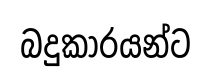
බදුකාරයන්ට